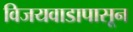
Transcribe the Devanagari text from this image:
विजयवाडापासून